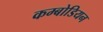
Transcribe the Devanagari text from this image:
कम्बोडियन